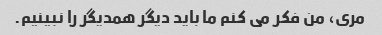
مری، من فکر می کنم ما باید دیگر همدیگر را نبینیم.